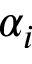
\alpha _ { i }